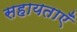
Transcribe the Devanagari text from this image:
सहायताएँ